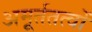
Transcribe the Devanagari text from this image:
अमूर्ततत्वों